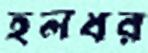
হলধর